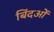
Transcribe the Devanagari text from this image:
बिंदओं